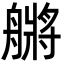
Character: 䒂